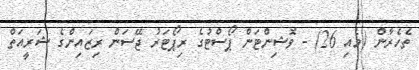
ތެހެރާން (މެއި 26) - ވޮޝިންޓަން ޕޯސްޓުގެ ރިޕޯޓަރު ޖޭސަން ރިޒައިންގެ ޝަރީއަތް